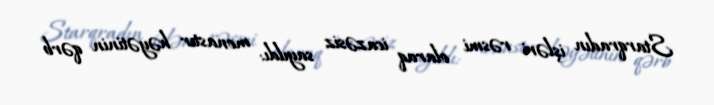
Starqradın işləri rəsmi olaraq icazəsiz sayıldı: monastır həyətinin qərb